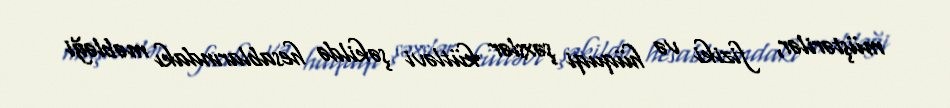
müştərilər, fiziki və hüquqi şəxslər kütləvi şəkildə hesablarındakı məbləği